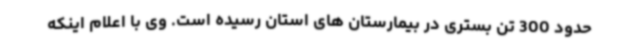
حدود 300 تن بستری در بیمارستان های استان رسیده است. وی با اعلام اینکه